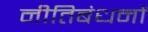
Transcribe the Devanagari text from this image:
नीतिबंधनों